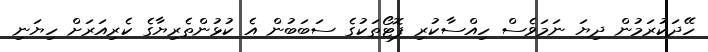
ހޭދަކުރަމުން ދިޔަ ނަމަވެސް ހިއްސާކުރި ފޮޓޯތަކުގެ ސަބަބުން އެ ކުޅުންތެރިޔާގެ ކެރިއަރަށް ހިޔަނި